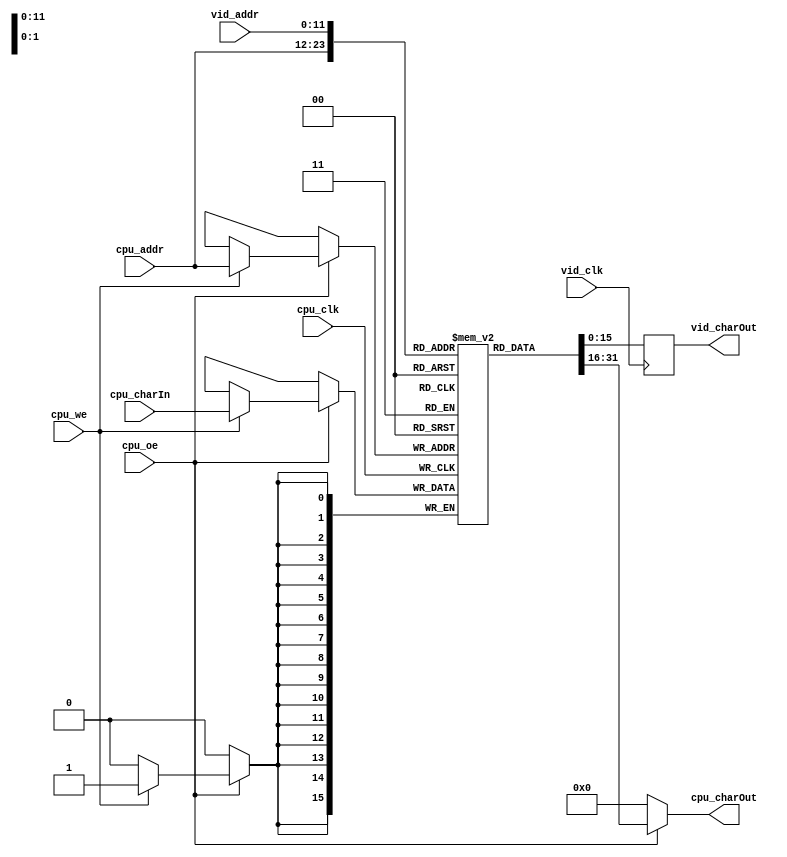
/* characterRAM.v
 *
 * The character RAM stores ASCII characters and associated color/intensity
 * information for use by the video engine.  To allow easy interfacing with a
 * variety of systems, simple dual-ported RAM is inferred with an asynchronous
 * read port (read fall-through) for same-cycle access.  The use of asynchronous
 * ports excludes the use of block-ram, but allows use of single-cycle CPU
 * designs. This can be trivially modified for pipelined access (and thus block
 * ram inference).
 *
 * As this memory bridges the external (w_clk) and internal video clock domains
 * (the r_* ports), care normally has to be taken to avoid writing (from the cpu
 * domain) to an address being read by the video domain.  For Xilinx and Altera
 * parts, it is guaranteed that a read/write collision will not result in damage
 * or permanent corruption.  The read data may be corrupted, but the write will
 * succeed and subsequent reads will contain the desired value.
 *
 * That means there are two text update strategies:
 * 1. Update the text only during a vertical retrace (vBlank). This will prevent
 *     any visual artifacts from making it to the display (if a character
 *     happens to get overwritten mid-draw).
 * 2. Update the text at will, accepting there is a very small chance the given
 *     character is being drawn and the write will corrupt it. This corruption
 *     should resolve on the next video frame and is likely acceptable for most
 *     display projects.
 *
 *------------------------------------------------------------------------------
 *
 * Copyright 2017 Christopher Parish
 *
 * Licensed under the Apache License, Version 2.0 (the "License");
 * you may not use this file except in compliance with the License.
 * You may obtain a copy of the License at
 *
 *   http://www.apache.org/licenses/LICENSE-2.0
 *
 * Unless required by applicable law or agreed to in writing, software
 * distributed under the License is distributed on an "AS IS" BASIS,
 * WITHOUT WARRANTIES OR CONDITIONS OF ANY KIND, either express or implied.
 * See the License for the specific language governing permissions and
 * limitations under the License.
 */

module characterRAM #(
    parameter SINGLE_CYCLE_RAM = 1,
    parameter TEXTADDR_WIDTH = 12,
    parameter N_COL = 80,
    parameter N_ROW = 30)

   (input cpu_clk,
    input vid_clk,
    input cpu_we,
    input cpu_oe,
    input[TEXTADDR_WIDTH-1:0] cpu_addr,
    input[TEXTADDR_WIDTH-1:0] vid_addr,
    input[15:0] cpu_charIn,
    output reg[15:0] cpu_charOut,
    output reg[15:0] vid_charOut);

    reg[15:0] ram[0:(N_COL*N_ROW)-1]; //2400x16 character RAM

generate
if(SINGLE_CYCLE_RAM == 1) begin: fall_through_ram

    always @(posedge cpu_clk) begin
        if(cpu_oe) begin
            if(cpu_we) begin
                ram[cpu_addr] <= cpu_charIn;
            end
        end
    end

    always @(*) cpu_charOut = cpu_oe ? ram[cpu_addr] : 16'b0;

    //Initial test pattern
    integer i;
    initial begin
        for(i = 0; i < (N_COL*N_ROW); i = i+1)
            ram[i] = {i[7:0],i[7:0]}; //Should wrap at 255
    end

end else begin: registered_ram

    always @(posedge cpu_clk) begin
        if(cpu_oe) begin
            if(cpu_we)
                ram[cpu_addr] <= cpu_charIn;
            else
                cpu_charOut <= ram[cpu_addr];
        end
    end
end
endgenerate

    always @(posedge vid_clk) begin
        vid_charOut <= ram[vid_addr];
    end

endmodule